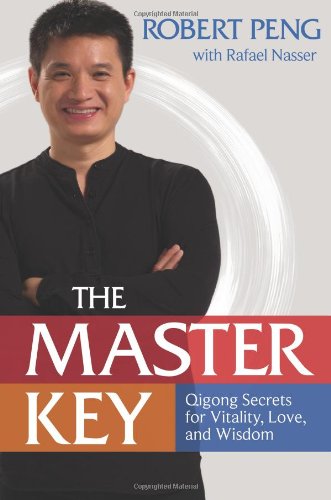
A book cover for The Master Key: Qigong Secrets for Vitality, Love, and Wisdom; Robert Peng; Health, Fitness & Dieting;